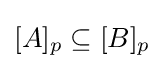
[A]_{p}\subseteq [B]_{p}